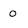
Character: 0